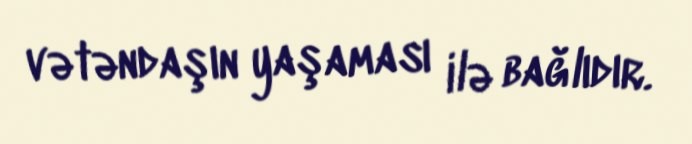
vətəndaşın yaşaması ilə bağlıdır.